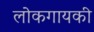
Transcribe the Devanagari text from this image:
लोकगायकी